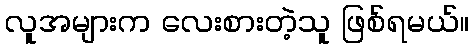
လူအများက လေးစားတဲ့သူ ဖြစ်ရမယ်။